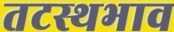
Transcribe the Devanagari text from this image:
तटस्थभाव